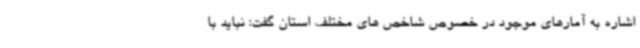
اشاره به آمارهای موجود در خصوص شاخص های مختلف استان گفت: نباید با